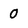
Character: 0